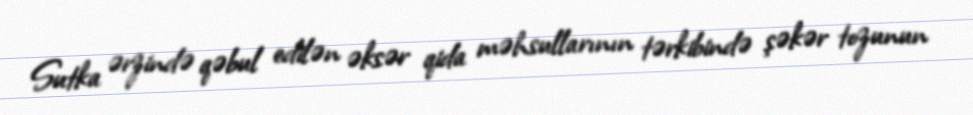
Sutka ərzində qəbul edilən əksər qida məhsullarının tərkibində şəkər tozunun